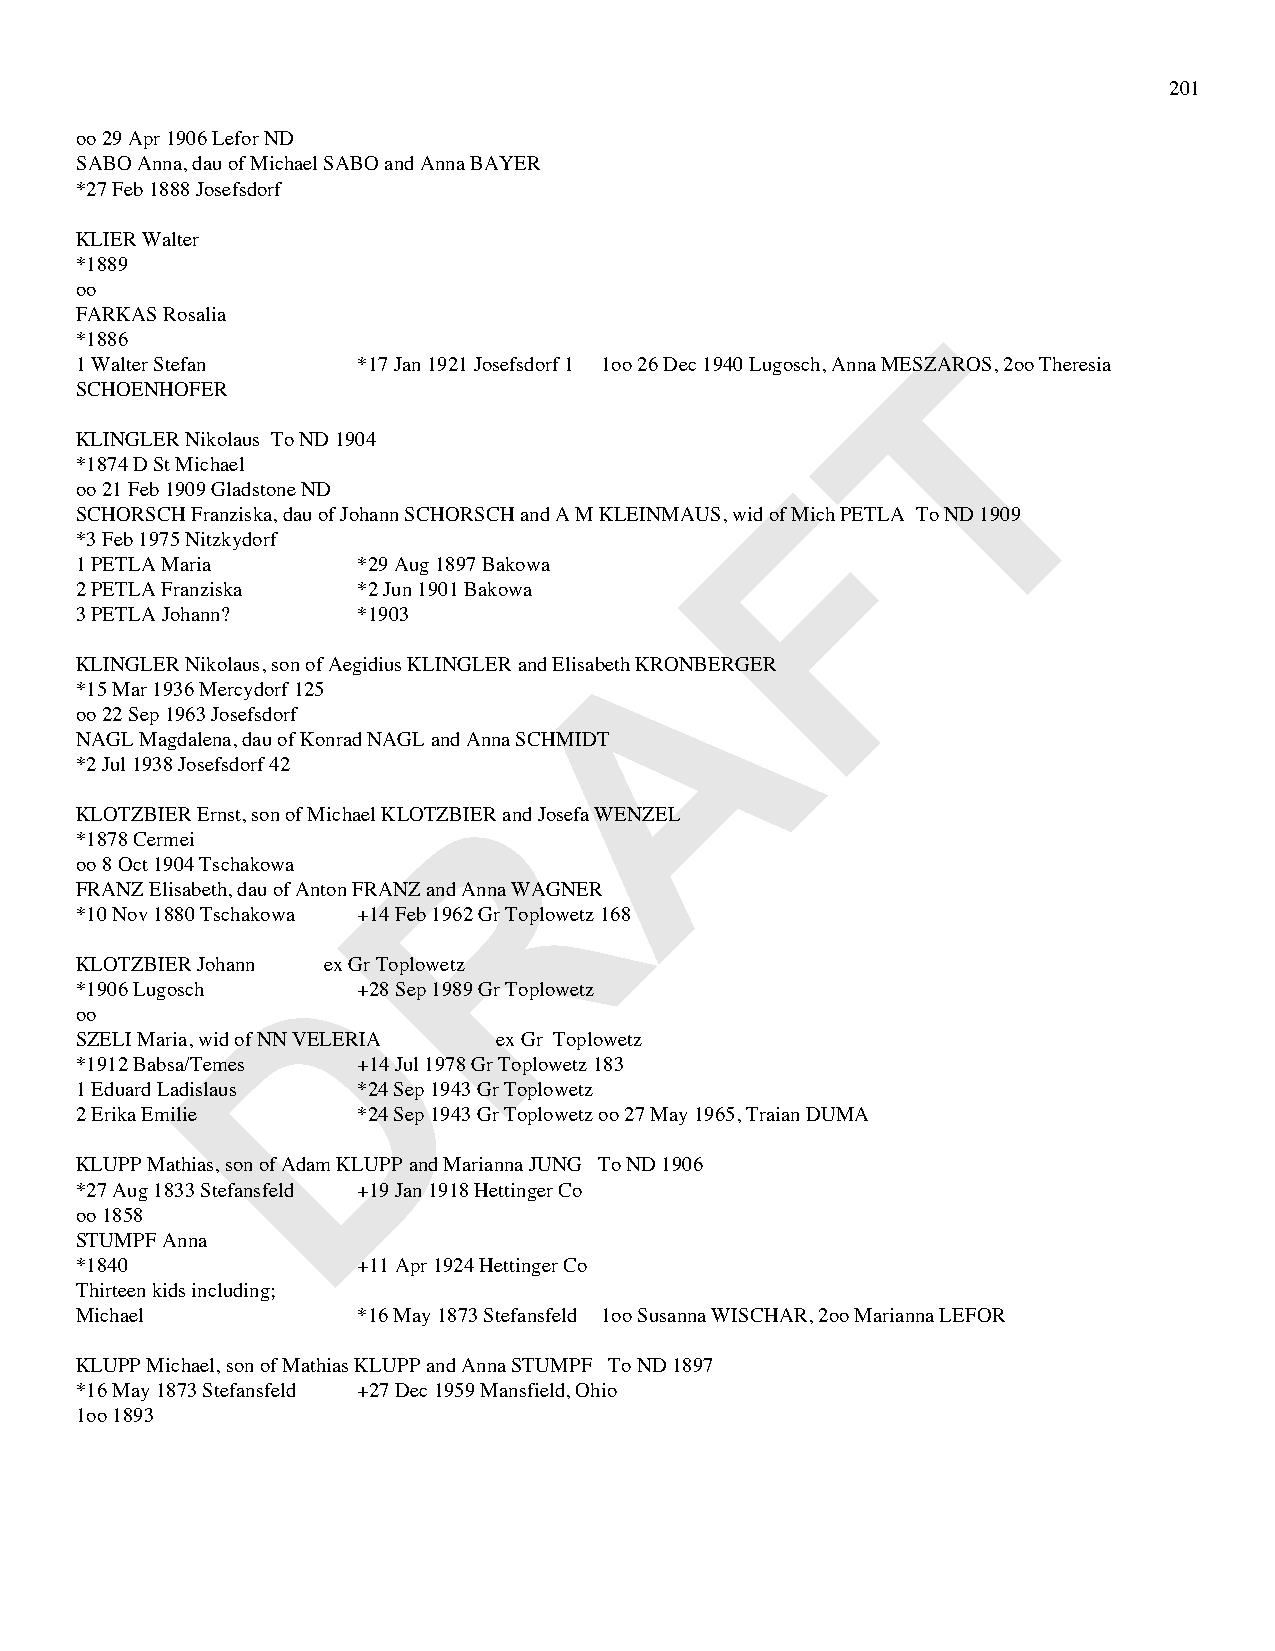
201
 oo 29 Apr 1906 Lefor ND
 SABO Anna, dau of Michael SABO and Anna BAYER
 *27 Feb 1888 Josefsdorf
 KLIER Walter
 *1889
 oo
 FARKAS Rosalia
 T
 *1886
 1 Walter Stefan    *17 Jan 1921 Josefsdorf 1 1oo 26 Dec 1940 Lugosch, Anna MESZAROS, 2oo Theresia
 SCHOENHOFER
 KLINGLER Nikolaus To ND 1904
 *1874 D St Michael                             F
 oo 21 Feb 1909 Gladstone ND
 SCHORSCH Franziska, dau of Johann SCHORSCH and A M KLEINMAUS, wid of Mich PETLA To ND 1909
 *3 Feb 1975 Nitzkydorf
 1 PETLA Maria      *29 Aug 1897 Bakowa
 2 PETLA Franziska  *2 Jun 1901 Bakowa
 3 PETLA Johann?    *1903             A
 KLINGLER Nikolaus, son of Aegidius KLINGLER and Elisabeth KRONBERGER
 *15 Mar 1936 Mercydorf 125
 oo 22 Sep 1963 Josefsdorf
 NAGL Magdalena, dau of Konrad NAGL and Anna SCHMIDT
 *2 Jul 1938 Josefsdorf 42
 R
 KLOTZBIER Ernst, son of Michael KLOTZBIER and Josefa WENZEL
 *1878 Cermei
 oo 8 Oct 1904 Tschakowa
 FRANZ Elisabeth, dau of Anton FRANZ and Anna WAGNER
 *10 Nov 1880 Tschakowa +14 Feb 1962 Gr Toplowetz 168
 D
 KLOTZBIER Johann ex Gr Toplowetz
 *1906 Lugosch      +28 Sep 1989 Gr Toplowetz
 oo
 SZELI Maria, wid of NN VELERIA ex Gr Toplowetz
 *1912 Babsa/Temes  +14 Jul 1978 Gr Toplowetz 183
 1 Eduard Ladislaus *24 Sep 1943 Gr Toplowetz
 2 Erika Emilie     *24 Sep 1943 Gr Toplowetz oo 27 May 1965, Traian DUMA
 KLUPP Mathias, son of Adam KLUPP and Marianna JUNG To ND 1906
 *27 Aug 1833 Stefansfeld +19 Jan 1918 Hettinger Co
 oo 1858
 STUMPF Anna
 *1840              +11 Apr 1924 Hettinger Co
 Thirteen kids including;
 Michael            *16 May 1873 Stefansfeld 1oo Susanna WISCHAR, 2oo Marianna LEFOR
 KLUPP Michael, son of Mathias KLUPP and Anna STUMPF To ND 1897
 *16 May 1873 Stefansfeld +27 Dec 1959 Mansfield, Ohio
 1oo 1893